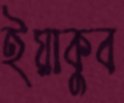
ইয়াকুব